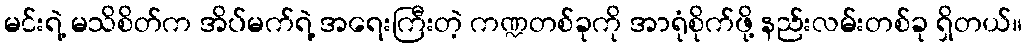
မင်းရဲ့ မသိစိတ်က အိပ်မက်ရဲ့ အရေးကြီးတဲ့ ကဏ္ဍတစ်ခုကို အာရုံစိုက်ဖို့ နည်းလမ်းတစ်ခု ရှိတယ်။